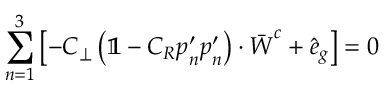
\sum _ { n = 1 } ^ { 3 } \left[ - C _ { \perp } \left( \mathbb { 1 } - C _ { R } \boldsymbol { p } _ { n } ^ { \prime } \boldsymbol { p } _ { n } ^ { \prime } \right) \cdot \bar { \boldsymbol { W } } ^ { c } + \hat { \boldsymbol { e } } _ { g } \right] = 0